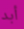
أبد